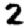
Digit: 2